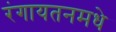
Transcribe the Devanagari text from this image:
रंगायतनमधे